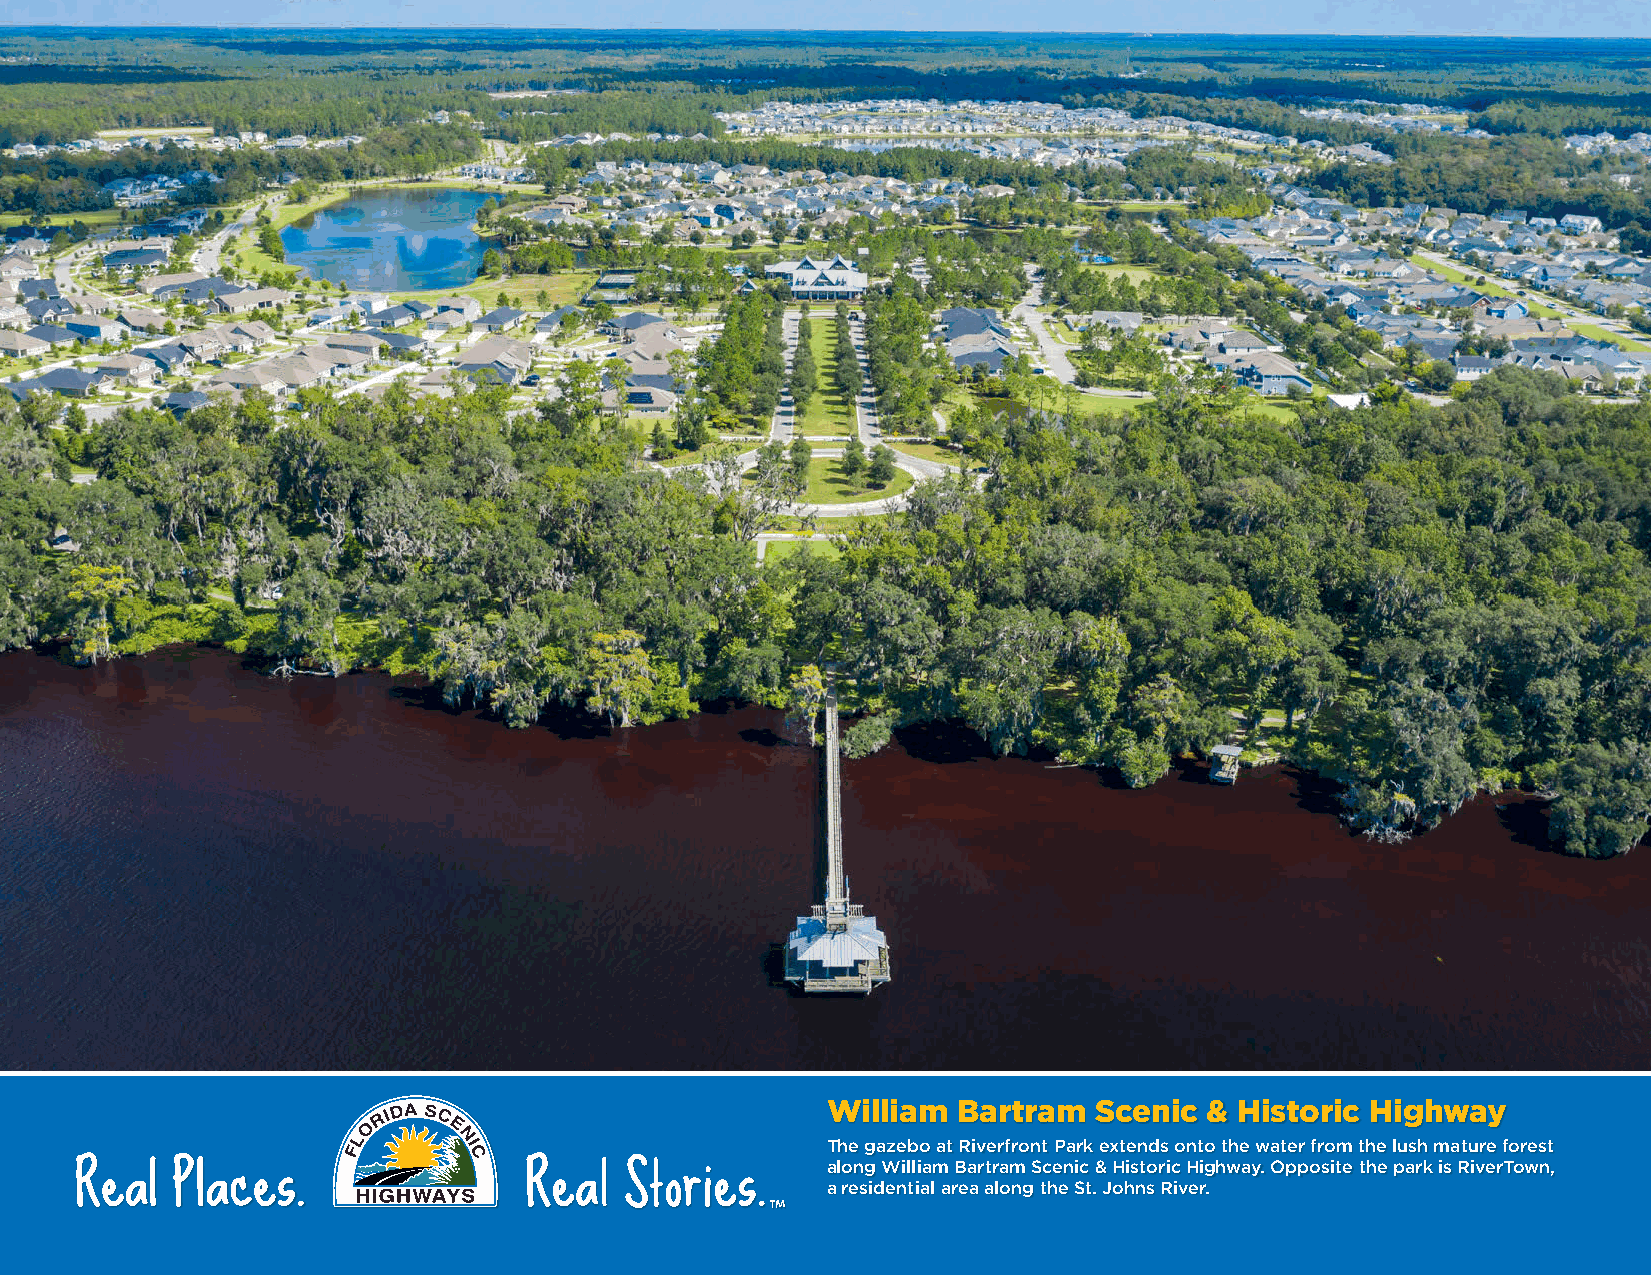
William Bartram  Scenic  & Historic Highway
 The gazebo at Riverfront Park extends onto the water from the lush mature forest
 along William Bartram Scenic & Historic Highway. Opposite the park is RiverTown,
 a residential area along the St. Johns River.